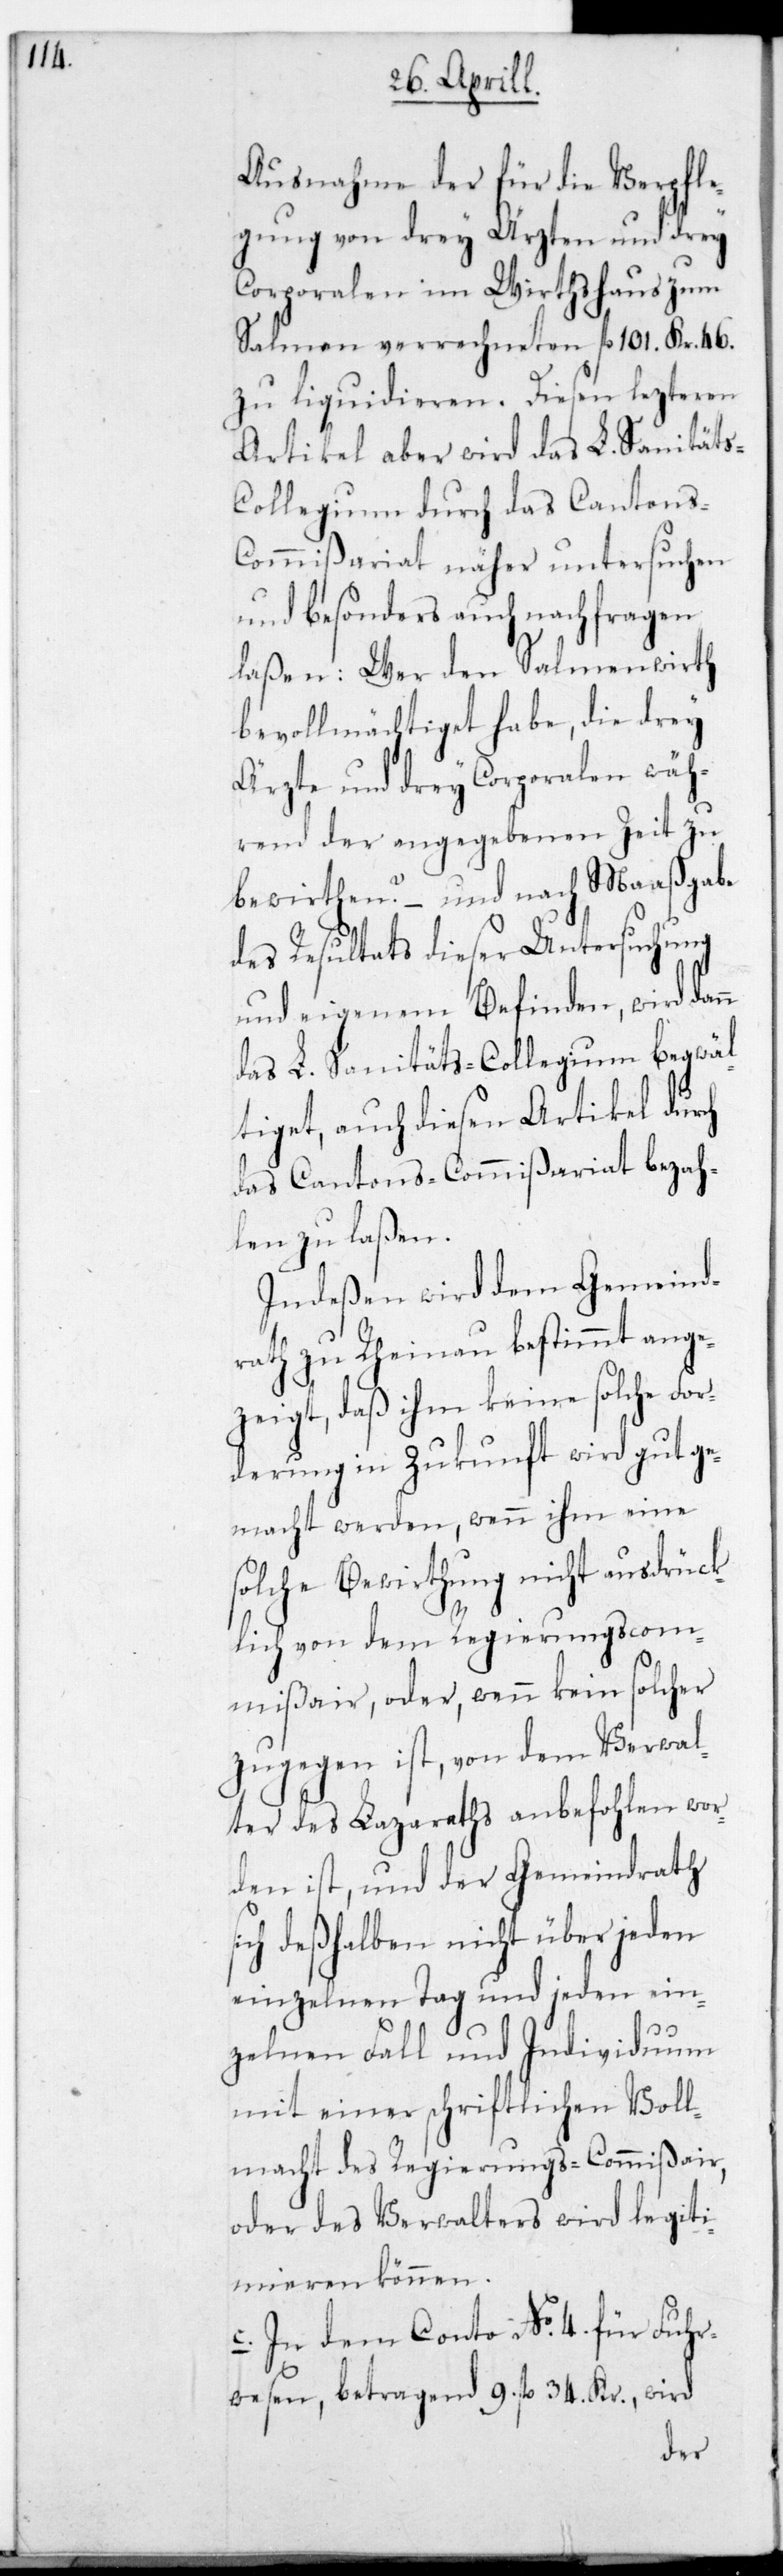
Ausnahme der für die Verpfl¬
egung von drey Ärzten und drey
Corporalen im Wirtshaus zum
Salmen verrechneten fl. 101. Kr. 46.
zu liquidieren. Diesen letzteren
Artikel aber wird das L. Sanitäts-C¬
ollegium durch das Cantons¬
Commißariat näher untersuchen
und besonders auch nachfragen
laßen: Wer den Salmenwirt
bevollmächtiget habe, die drey
Ärzte und drey Corporalen wäh¬
rend der angegebenen Zeit zu
bewirten? – und nach Maaßgabe
des Resultats dieser Untersuchung
und eigenem Befinden, wird
das L. Sanitäts-Collegium begwäl¬
tiget, auch diesen Artikel durch
das Cantons-Commißariat bezah¬
len zu laßen.
Indeßen wird dem Gemeind¬
rath zu Rheinau bestimmt ange¬
zeigt, daß ihm keine solche For¬
derung in Zukunft wird gutge¬
macht werden, wenn ihm eine
solche Bewirtung nicht ausdrück¬
lich von dem Regierungs-Com¬
mißair, oder wenn kein solcher
zugegen ist, von dem Verwal¬
ter des Lazareths anbefohlen wor¬
den ist, und der Gemeindrath
deshalben nicht über jeden
einzelnen Tag und jeden ein¬
zelnen Fall und Individuum
mit einer schriftlichen Voll¬
macht des Regierungs-Commißair,
oder des Verwalters wird legiti¬
mieren können.
c. In dem Conto No. 4. für Fuhr¬
wesen, betragend 9. fl. 34. Kr., wird